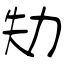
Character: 劮